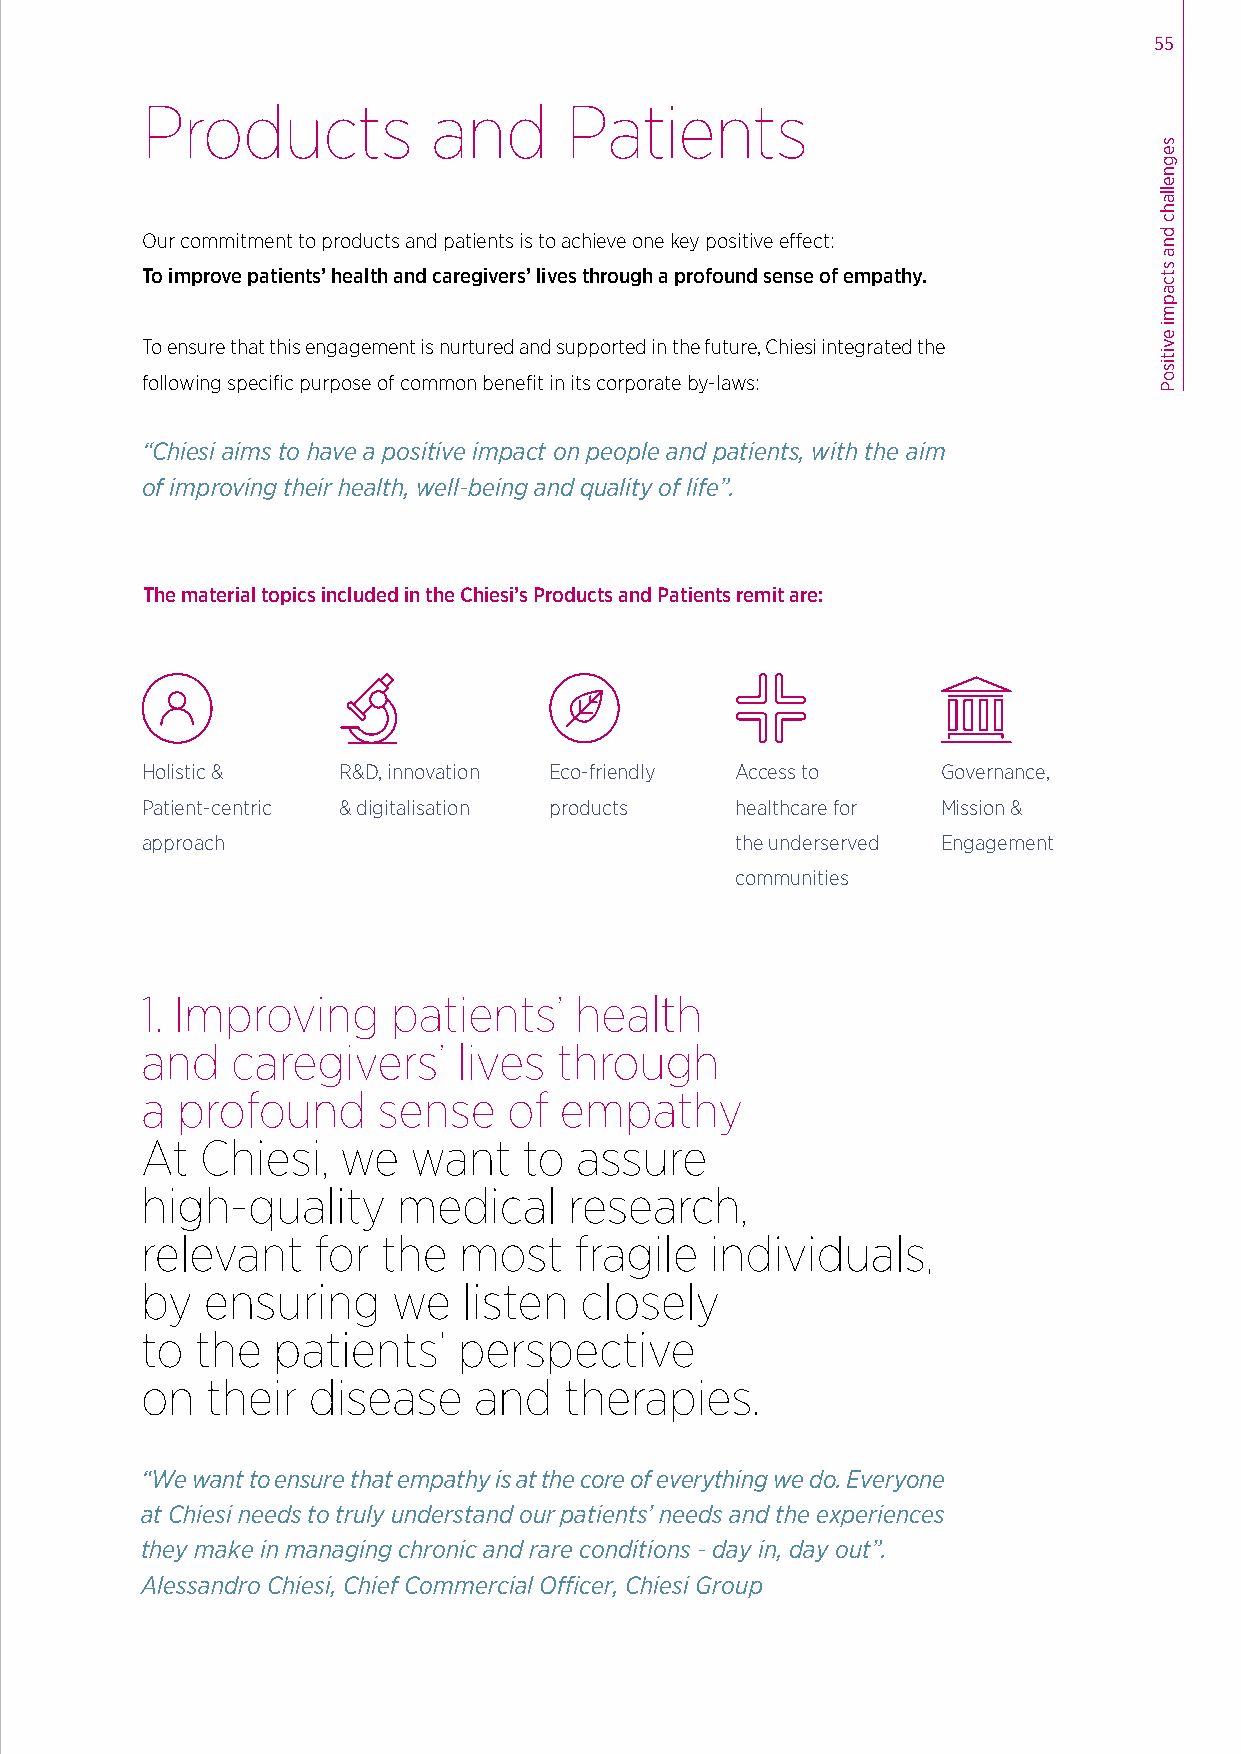
55
 Products            and     Patients
 Our commitment to products and patients is to achieve one key positive effect:
 To improve patients’ health and caregivers’ lives through a profound sense of empathy.
 To ensure that this engagement is nurtured and supported in the future, Chiesi integrated the
 following specific purpose of common benefit in its corporate by-laws:
 “Chiesi aims to have a positive impact on people and patients, with the aim
 of improving their health, well-being and quality of life”.
 The material topics included in the Chiesi’s Products and Patients remit are:
 Holistic &   R&D, innovation Eco-friendly Access to  Governance,
 Patient-centric & digitalisation products healthcare for Mission &
 approach                                the underserved Engagement
 communities
 1. Improving     patients’   health
 and   caregivers’    lives  through
 a  profound     sense    of empathy
 At  Chiesi,   we  want    to assure
 high-quality     medical     research,
 relevant    for the  most    fragile  individuals,
 by  ensuring     we   listen closely
 to  the  patients’   perspective
 on   their disease    and   therapies.
 “We want to ensure that empathy is at the core of everything we do. Everyone
 at Chiesi needs to truly understand our patients’ needs and the experiences
 they make in managing chronic and rare conditions - day in, day out”.
 Alessandro Chiesi, Chief Commercial Officer, Chiesi Group
 segnellahc
 dna
 stcapmi
 evitisoP